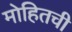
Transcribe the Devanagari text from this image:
मोहितची